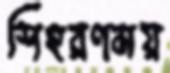
শিহরণময়